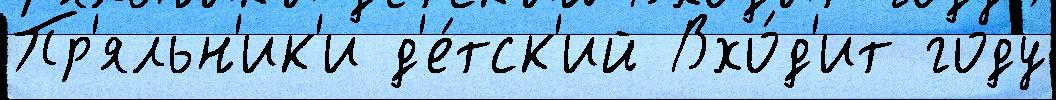
Пр'яльн'ик'и д'е́тск'ий Вхо́д'ит году